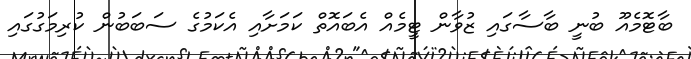
ބާޓޮމެއޫ ބުނީ ބާސާގައި ޒުވާން ޓީމެއް އެބައޮތް ކަމަށާއި އެކަމުގެ ސަބަބުން ކުރިމަގުގައި